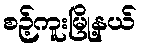
စဉ့်ကူးမြို့နယ်